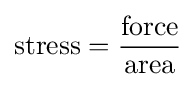
{\text{stress}}={{\text{force}} \over {\text{area}}}